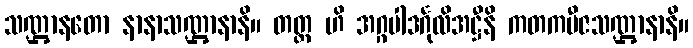
သဏ္ဌာနတော နာနာသဏ္ဌာနာနိ။ တတ္ထ ဟိ အဂ္ဂပါဒင်္ဂုလိအဋ္ဌီနိ ကတကဗီဇသဏ္ဌာနာနိ။